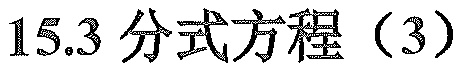
15.3 分式方程（3）